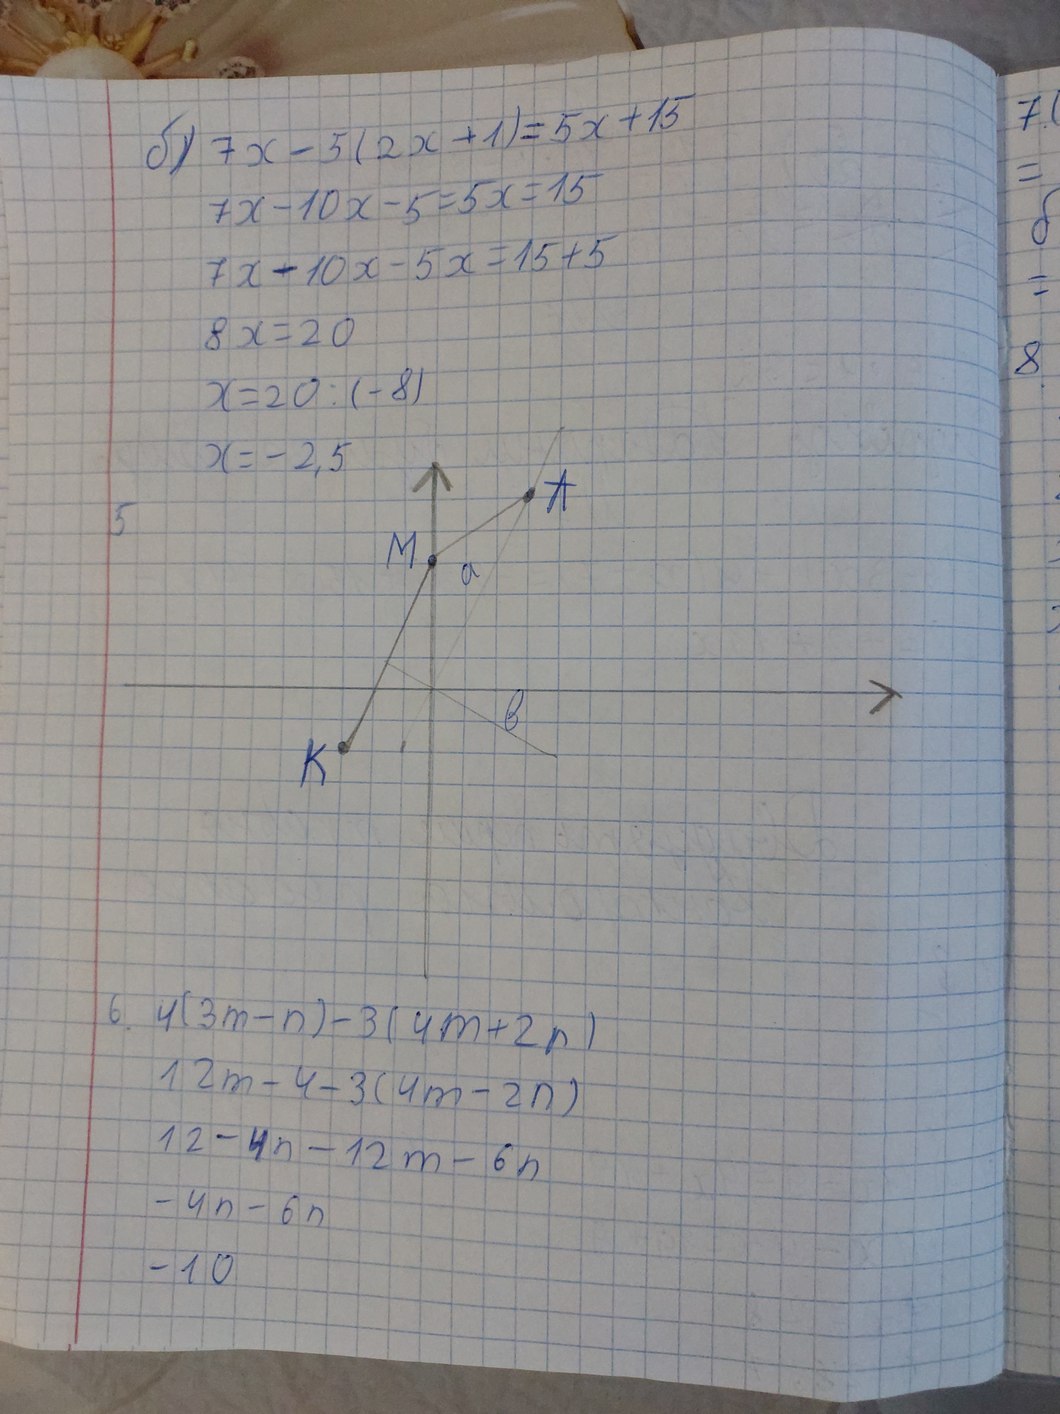
б) 7x - 5(2x + 1) = 5x + 15
7x - 10x - 5 = 5x = 15
7x + 10x - 5x = 15 + 5
8x = 20
x = 20 / (-8)
x = -2,5
6. 4(3m - n) - 3(4m + 2n)
12m - 4 - 3(4m - 2n)
12 - 4n - 12m - 6n
- 4n - 6n
- 10